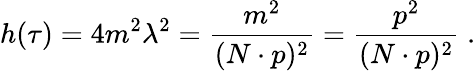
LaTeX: h(\tau)=4m^{2}\lambda^{2}=\frac{m^{2}}{(N\cdot p)^{2}}=\frac{p^{2}}{(N\cdot p)^{2}}\; .